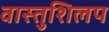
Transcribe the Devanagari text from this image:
वास्तुशिलप